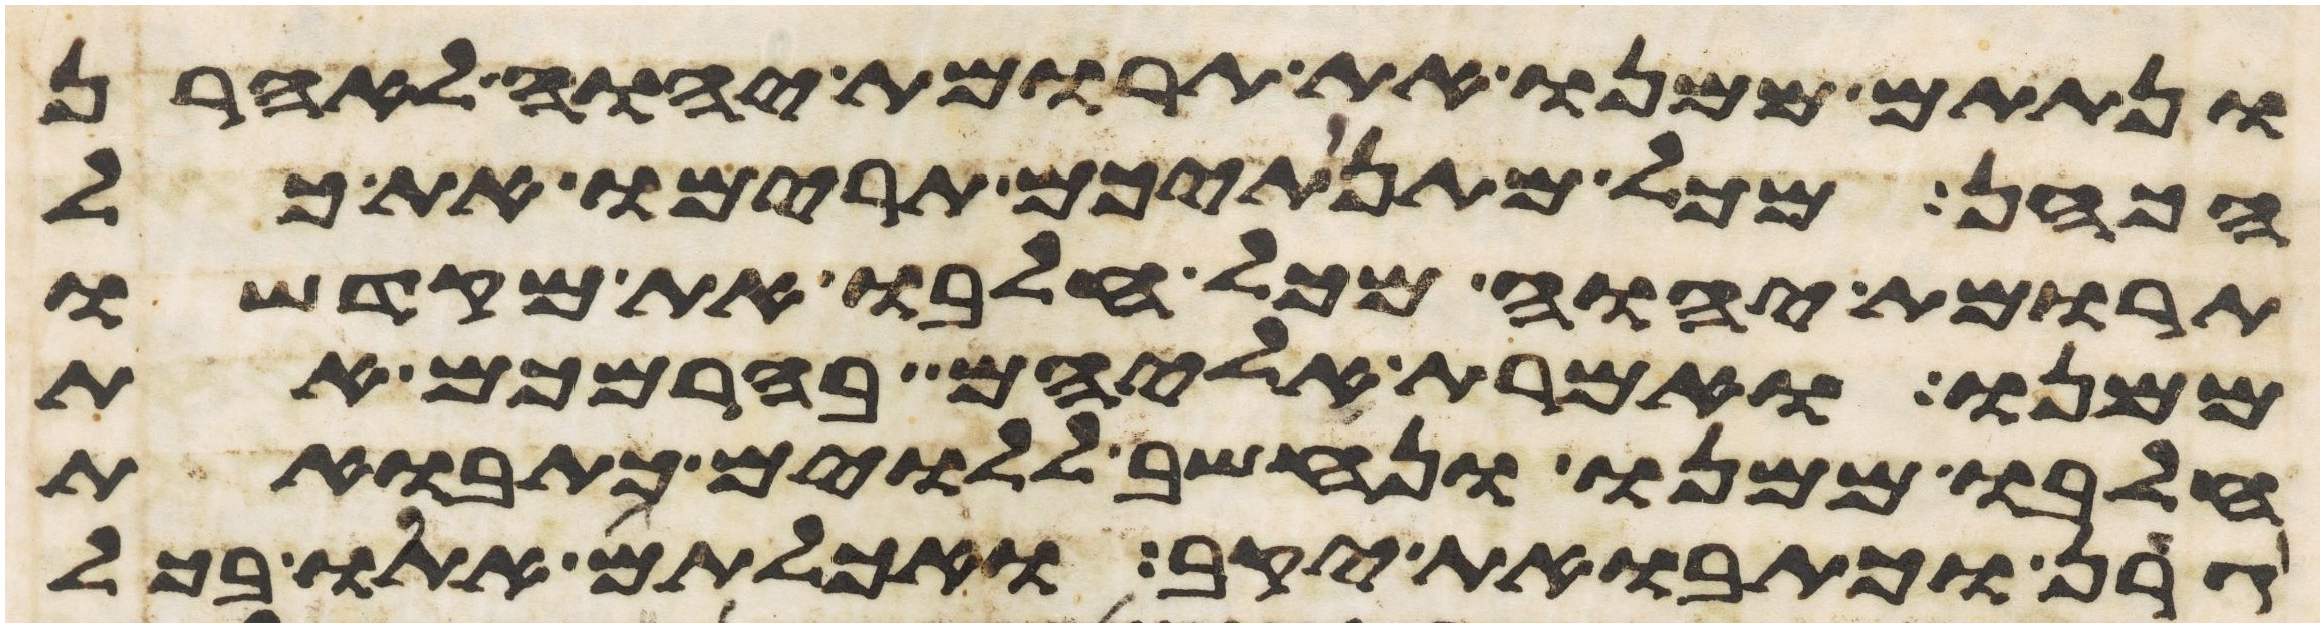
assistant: ונתתם ממנו את תרומת יהוה לאהרן
הכהן מכל מתנתיכם תרימו את כל
תרומת יהוה מכל חלבו את מקדשו
ממנו ואמרת אליהם בהרמכם את
חלבו ממנו ונחשב ללוים כתבואת
גרן וכתבואת יקב ואכלתם אתו בכל